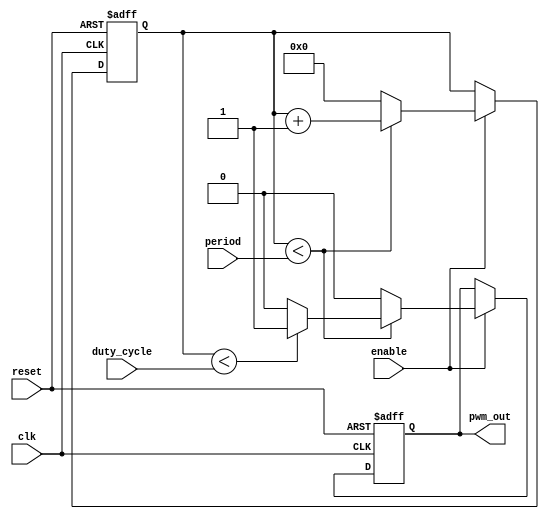
module pwm_timer(
    input wire clk,          // input clock signal
    input wire reset,        // input reset signal
    input wire enable,       // input enable signal
    input wire [7:0] period, // programmable period
    input wire [7:0] duty_cycle, // duty cycle
    
    output reg pwm_out       // pulsed output signal with variable duty cycle
);

reg [7:0] counter;          // counter to track elapsed time within period

always @(posedge clk or posedge reset) begin
    if(reset) begin
        counter <= 8'b0;    // reset counter
        pwm_out <= 1'b0;    // set output signal low
    end
    else if(enable) begin
        if(counter < period) begin
            counter <= counter + 1; // increment counter
            if(counter < duty_cycle) begin
                pwm_out <= 1'b1; // set output signal high for duty cycle
            end
            else begin
                pwm_out <= 1'b0; // set output signal low for remaining period
            end
        end
        else begin
            counter <= 8'b0;    // reset counter at end of period
            pwm_out <= 1'b0;    // set output signal low
        end
    end
end

endmodule